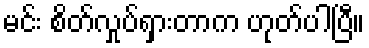
မင်း စိတ်လှုပ်ရှားတာက ဟုတ်ပါပြီ။